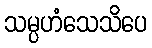
သမ္ပဟံသေသိပေ